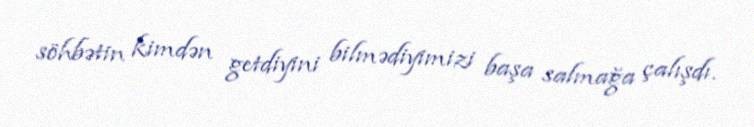
söhbətin kimdən getdiyini bilmədiyimizi başa salmağa çalışdı.